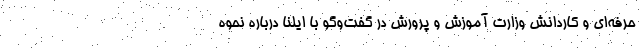
حرفه‌ای و کاردانش وزارت آموزش و پرورش در گفت‌وگو با ایلنا درباره نحوه